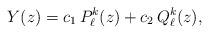
LaTeX: \begin{align*} Y(z) = c_1\, P^k_\ell(z) + c_2\, Q^k_\ell(z),\end{align*}